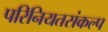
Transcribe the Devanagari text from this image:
परिनियतसंकल्प